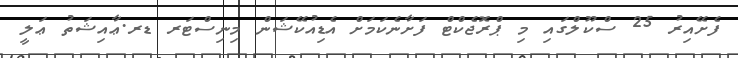
ފެށޭއިރު 25 ސްކޫލްގައި މި ޕްރޮޖެކްޓް ފަށާނެކަމަށް އެޑިއުކޭޝަން މިނިސްޓަރ ޑރ.ޢާއިޝަތު ޢަލީ